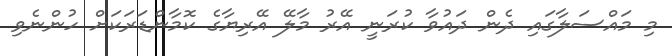
މި މައްސަލާގައި ދެން ދައުވާ ކުރަނީ އޭރު މާލޭ އޭރިޔާގެ ކޮމާންޑަރަކަށް ހުންނެވި